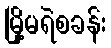
မြို့မရဲစခန်း